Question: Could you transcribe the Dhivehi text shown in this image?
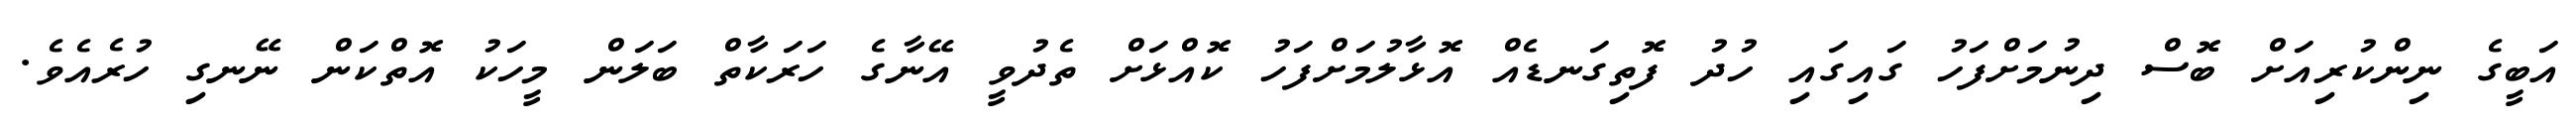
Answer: އަބީގެ ނިންކުރިއަށް ބޮސް ދިނުމަށްފަހު ގައިގައި ހުދު ފޮތިގަނޑެއް އޮޅާލުމަށްފަހު ކޮއްޅަށް ތެދުވީ އޭނާގެ ހަރަކާތް ބަލަން މީހަކު އޮތްކަން ނޭނގި ހުރެއެވެ.